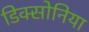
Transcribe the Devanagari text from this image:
डिक्सोनिया